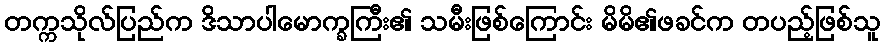
တက္ကသိုလ်ပြည်က ဒိသာပါမောက္ခကြီး၏ သမီးဖြစ်ကြောင်း မိမိ၏ဖခင်က တပည့်ဖြစ်သူ